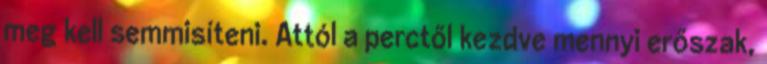
meg kell semmisíteni. Attól a perctől kezdve mennyi erőszak,